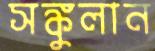
সঙ্কুলান